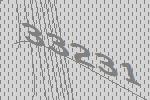
33231